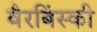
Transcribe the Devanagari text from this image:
वैरबिंस्की